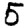
Digit: 5